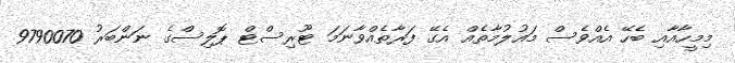
މިމީހާއާއި ބެހޭ އެއްވެސް މައުލުމާތެއް އެގޭ ފަރާތެއްވާނަމަ ޓޫރިސްޓް ޕޮލިސްގެ ނަންބަރު 9790070